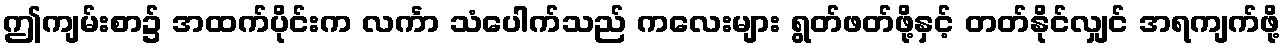
ဤကျမ်းစာ၌ အထက်ပိုင်းက လင်္ကာ သံပေါက်သည် ကလေးများ ရွတ်ဖတ်ဖို့နှင့် တတ်နိုင်လျှင် အရကျက်ဖို့